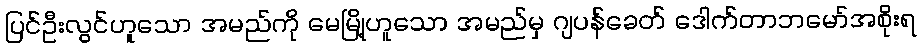
ပြင်ဦးလွင်ဟူသော အမည်ကို မေမြို့ဟူသော အမည်မှ ဂျပန်ခေတ် ဒေါက်တာဘမော်အစိုးရ